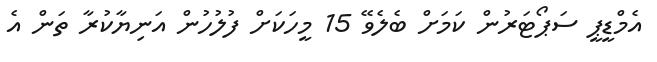
އެމްޑީޕީ ސަޕޯޓަރުން ކަމަށް ބެލެވޭ 15 މީހަކަށް ފުލުހުން އަނިޔާކުރާ ތަން އެ